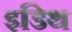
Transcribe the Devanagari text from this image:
इडिथ